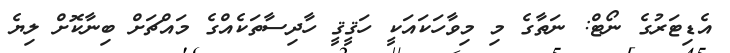
އެޑިޓަރުގެ ނޯޓް: ނަތާގެ މި މިވާހަކައަކީ ހަޤީޤީ ހާދިސާތަކެއްގެ މައްޗަށް ބިނާކޮށް ލިޔެ